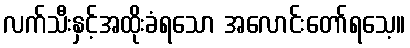
လက်သီးနှင့်အထိုးခံရသော အလောင်းတော်ရသေ့။